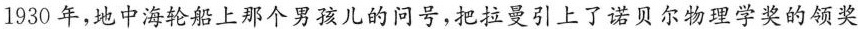
1930年，地中海轮船上那个男孩儿的问号，把拉引上了诺贝尔物理学奖的领奖